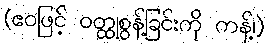
(ဧဝဖြင့် ဝတ္ထုစွန့်ခြင်းကို ကန့်၊)